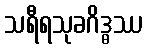
သရီရသုခဂိဒ္ဓဿ